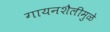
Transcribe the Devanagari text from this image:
गायनशैलीमुळे